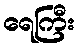
ရေကြီး